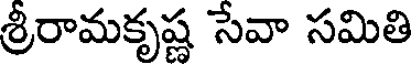
శ్రీరామకృష్ణ సేవా సమితి